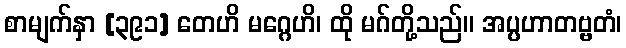
စာမျက်နှာ [၃၉၁] တေဟိ မဂ္ဂေဟိ၊ ထို မဂ်တို့သည်။ အပ္ပဟာတဗ္ဗတံ၊